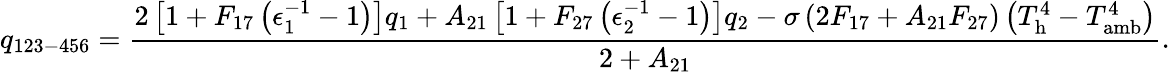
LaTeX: q_{123-456}=\frac{2\left[1+F_{17}\left(\epsilon_{1}^{-1}-1\right)\right]q_{1}+A_{21}\left[1+F_{27}\left(\epsilon_{2}^{-1}-1\right)\right]q_{2}-\sigma\left(2F_{17}+A_{21}F_{27}\right)\left(T_{\mathrm{h}}^{4}-T_{\mathrm{amb}}^{4}\right)}{2+A_{21}}{.}